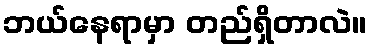
ဘယ်နေရာမှာ တည်ရှိတာလဲ။